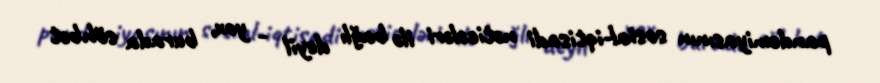
pandemiyasının sosial-iqtisadi nəticələri ilə bağlı deyil - yox, burada söhbət